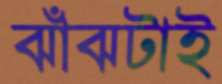
ঝাঁঝটাই